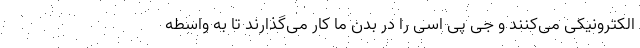
الکترونیکی می‌کنند و جی پی اسی را در بدن ما کار می‌گذارند تا به واسطه